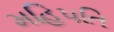
મહિપતિ